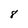
Character: 8